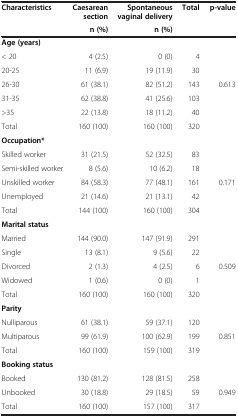
| <ROWSPAN=2> Characteristics | Caesarean section | Spontaneous vaginal delivery | <ROWSPAN=2> Total | <ROWSPAN=2> p-value |
 | n (%) | n (%) |
 | --- | --- | --- | --- | --- |
 | Age (years) |  |  |  |  |
 | < 20 | 4 (2.5) | 0 (0) | 4 |  |
 | 20-25 | 11 (6.9) | 19 (11.9) | 30 |  |
 | 26-30 | 61 (38.1) | 82 (51.2) | 143 | 0.613 |
 | 31-35 | 62 (38.8) | 41 (25.6) | 103 |  |
 | >35 | 22 (13.8) | 18 (11.2) | 40 |  |
 | Total | 160 (100) | 160 (100) | 320 |  |
 | Occupation* |  |  |  |  |
 | Skilled worker | 31 (21.5) | 52 (32.5) | 83 |  |
 | Semi-skilled worker | 8 (5.6) | 10 (6.2) | 18 |  |
 | Unskilled worker | 84 (58.3) | 77 (48.1) | 161 | 0.171 |
 | Unemployed | 21 (14.6) | 21 (13.1) | 42 |  |
 | Total | 144 (100) | 160 (100) | 304 |  |
 | Marital status |  |  |  |  |
 | Married | 144 (90.0) | 147 (91.9) | 291 |  |
 | Single | 13 (8.1) | 9 (5.6) | 22 |  |
 | Divorced | 2 (1.3) | 4 (2.5) | 6 | 0.509 |
 | Widowed | 1 (0.6) | 0 (0) | 1 |  |
 | Total | 160 (100) | 160 (100) | 320 |  |
 | Parity |  |  |  |  |
 | Nulliparous | 61 (38.1) | 59 (37.1) | 120 |  |
 | Multiparous | 99 (61.9) | 100 (62.9) | 199 | 0.851 |
 | Total | 160 (100) | 159 (100) | 319 |  |
 | Booking status |  |  |  |  |
 | Booked | 130 (81.2) | 128 (81.5) | 258 |  |
 | Unbooked | 30 (18.8) | 29 (18.5) | 59 | 0.949 |
 | Total | 160 (100) | 157 (100) | 317 |  |